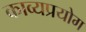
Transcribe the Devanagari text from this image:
काव्यप्रयोग